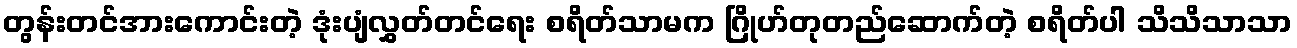
တွန်းတင်အားကောင်းတဲ့ ဒုံးပျံလွှတ်တင်ရေး စရိတ်သာမက ဂြိုဟ်တုတည်ဆောက်တဲ့ စရိတ်ပါ သိသိသာသာ